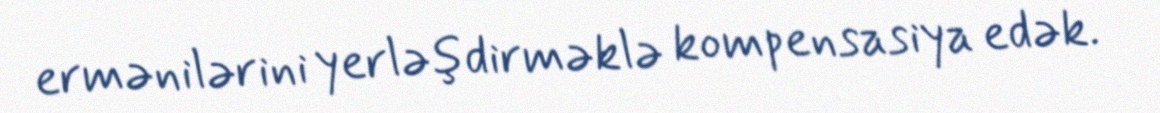
ermənilərini yerləşdirməklə kompensasiya edək.